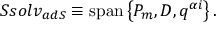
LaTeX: S s o l v _ { a d S } \equiv \mathrm { s p a n } \left\{ P _ { m } , D , q ^ { \alpha i } \right\} .